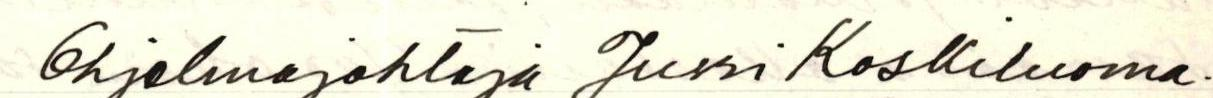
Ohjelmajohtaja Jussi Koskiluoma.